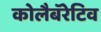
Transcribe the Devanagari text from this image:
कोलैबॅरेटिव